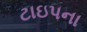
ટાઇપના